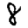
Digit: 8